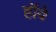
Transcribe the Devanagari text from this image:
हॉवे